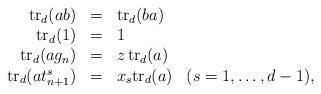
LaTeX: \begin{align*}\begin{array}{rcll}{\rm tr}_d(ab) & = & {\rm tr}_d(ba) & \\{\rm tr}_d(1) & = & 1 & \\{\rm tr}_d(ag_n) & = & z\, {\rm tr}_d(a) & \\{\rm tr}_d(at_{n+1}^s) & = & x_s {\rm tr}_d(a) & ( s = 1, \ldots , d-1) ,\end{array}\end{align*}